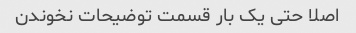
اصلا حتی یک بار قسمت توضیحات نخوندن